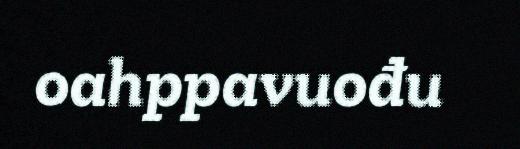
oahppavuođu